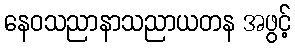
နေဝသညာနာသညာယတန အဖွင့်